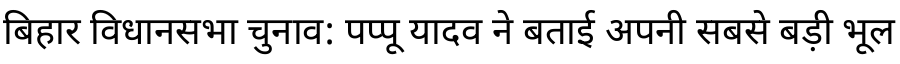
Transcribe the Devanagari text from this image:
बिहार विधानसभा चुनाव: पप्पू यादव ने बताई अपनी सबसे बड़ी भूल